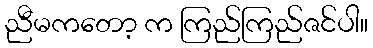
ညီမကတော့ က ကြည်ကြည်ဇင်ပါ။